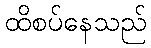
ထိစပ်နေသည်